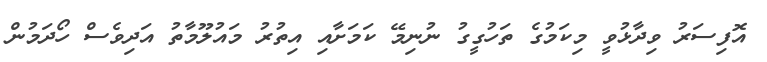
އޮފިސަރު ވިދާޅުވީ މިކަމުގެ ތަހުގީގު ނުނިމޭ ކަމަށާއި އިތުރު މައުލޫމާތު އަދިވެސް ހޯދަމުން